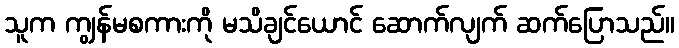
သူက ကျွန်မစကားကို မသိချင်ယောင် ဆောက်လျက် ဆက်ပြောသည်။